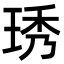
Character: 琇